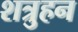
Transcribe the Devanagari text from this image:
शत्रुहन